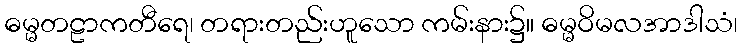
ဓမ္မတဠာကတီရေ၊ တရားတည်းဟူသော ကမ်းနား၌။ ဓမ္မဝိမလအာဒါသံ၊